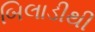
બિલાડીથી